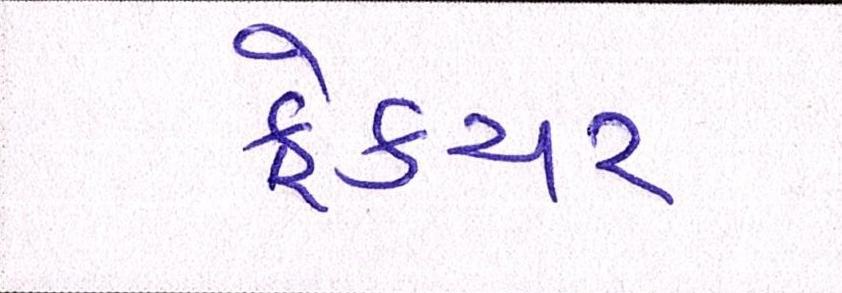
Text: ફ્રેક્ચર